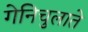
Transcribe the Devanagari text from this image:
गेनिचुलाते